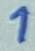
Text: 1